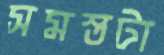
সমস্তটা